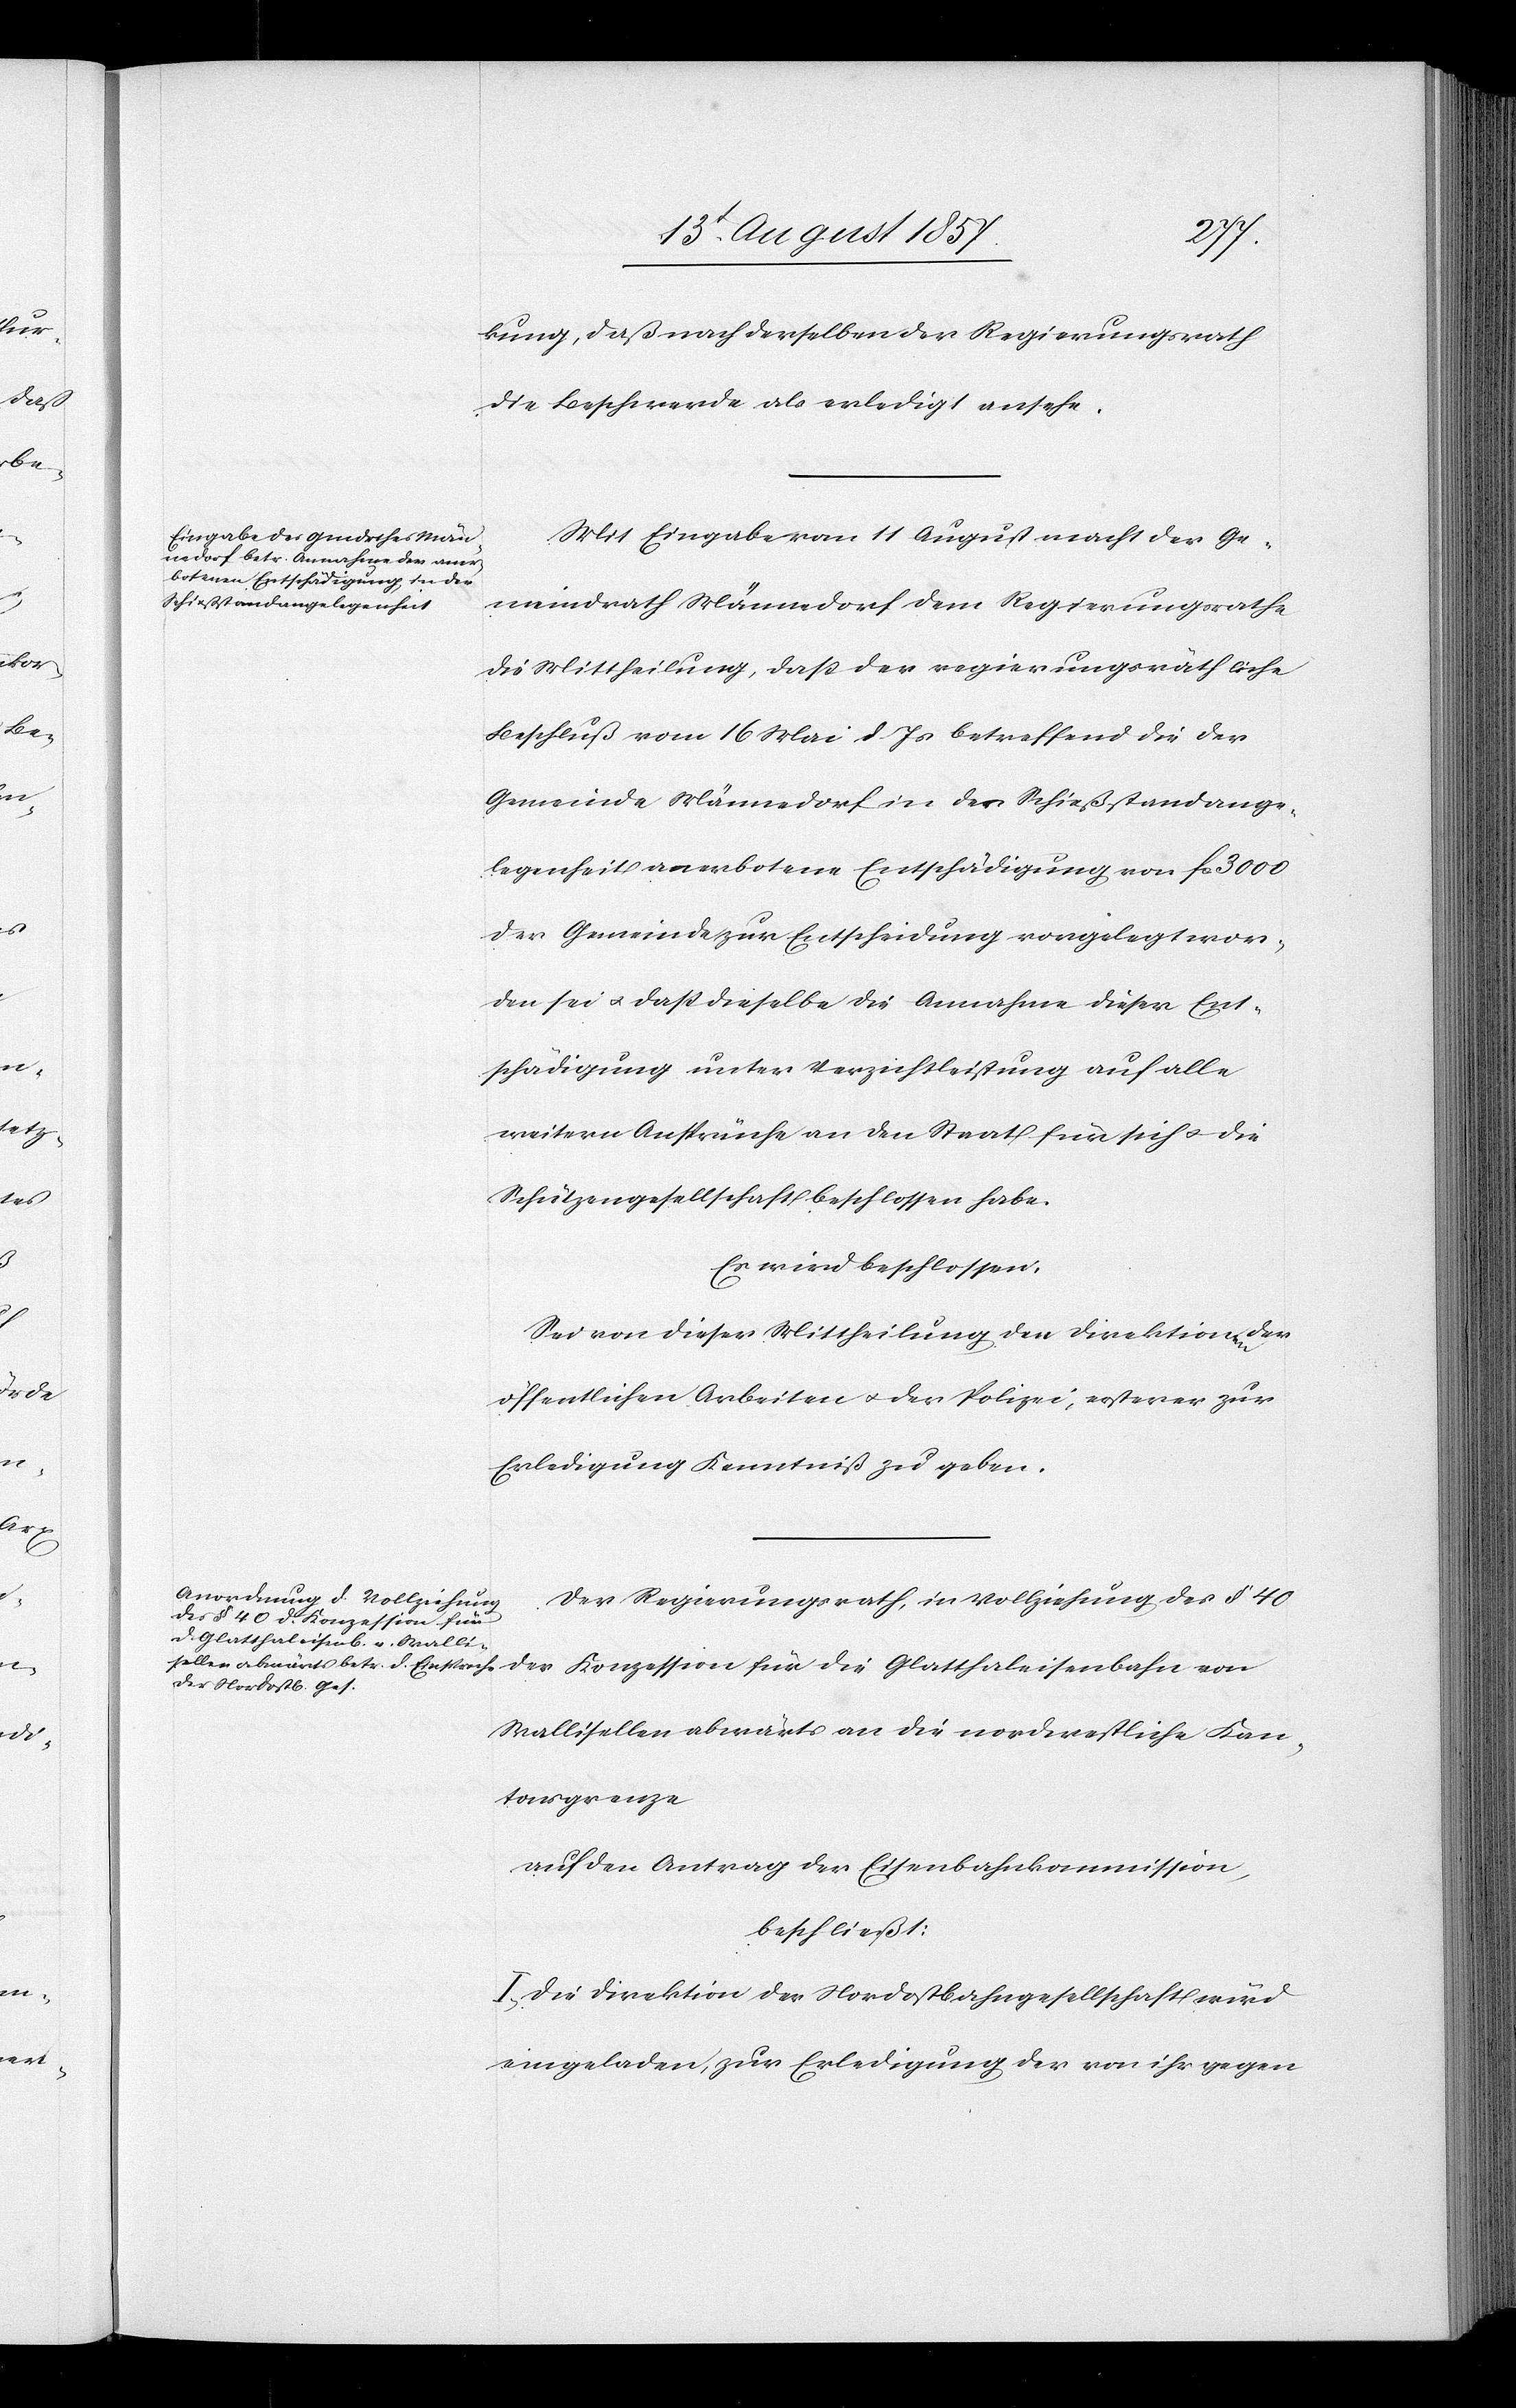
kung, daß nach derselben der Regierungsrath
die Beschwerde als erledigt ansehe.
Mit Eingabe vom 11 August macht der Ge¬
meindrath Männedorf dem Regierungsrathe
die Mittheilung, daß der regierungsräthliche
Beschluß vom 16 Mai d. Js. betreffend die der
Gemeinde Männedorf in der Schießstandange¬
legenheit anerbotene Entschädigung von fcs 3 000
der Gemeinde zur Entscheidung vorgelegt wor¬
den sei & daß dieselbe die Annahme dieser Ent¬
schädigung unter Verzichtleistung auf alle
weitern Ansprüche an den Staat für sich & die
Schützengesellschaft beschlossen habe.
Es wird beschlossen:
Sei von dieser Mittheilung den Direktionen der
öffentlichen Arbeiten & der Polizei, ersterer zur
Erledigung Kenntniß zu geben.
Der Regierungsrath, in Vollziehung des § 40
der Konzession für
Wallisellen abwärts an die nordwestliche Kan¬
tonsgrenze
auf den Antrag der Eisenbahnkommission,
beschließt:
I. Die Direktion der Nordostbahngesellschaft wird
eingeladen, zur Erledigung der von ihr gegen